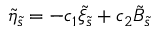
\tilde { \eta } _ { \tilde { s } } = - c _ { 1 } \tilde { \xi } _ { \tilde { s } } + c _ { 2 } \tilde { B } _ { \tilde { s } }